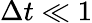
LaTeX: \Delta t\ll 1